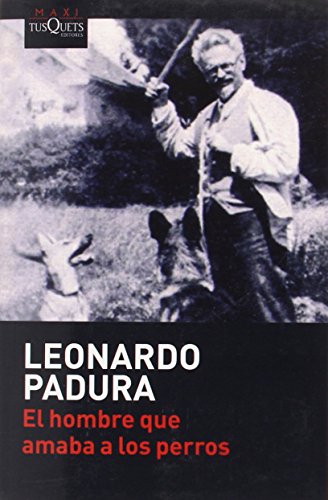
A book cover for El hombre que amaba a los perros (Coleccion Andanzas) (Spanish Edition); Leonardo Padura; Literature & Fiction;